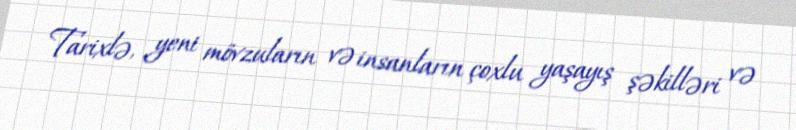
Tarixlə, yeni mövzuların və insanların çoxlu yaşayış şəkilləri və